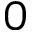
0